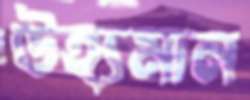
উহ্যমান